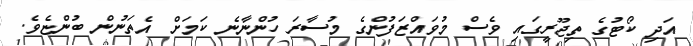
އަދި ކޯޓުގެ ތިޖޫރީގައި ވެސް މުވައްޒަފުންގެ މުސާރަ ހުންނާނެ ކަމަށް އެތަނުން ބުންޏެވެ.